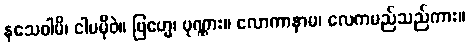
နသေဝါမိ၊ ငါမမှီဝဲ။ ဗြဟ္မေ၊ ပုဏ္ဏား။ လောကာနာမ၊ လေကမည်သည်ကား။